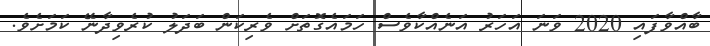
ބާއްވާފައި 2020 ވަނަ އަހަރު އަނެއްކާވެސް ހަމައެގޮތަށް ވެރިކަން ބަދަލު ކުރެވިދާނޭ ކަމަށެވެ.